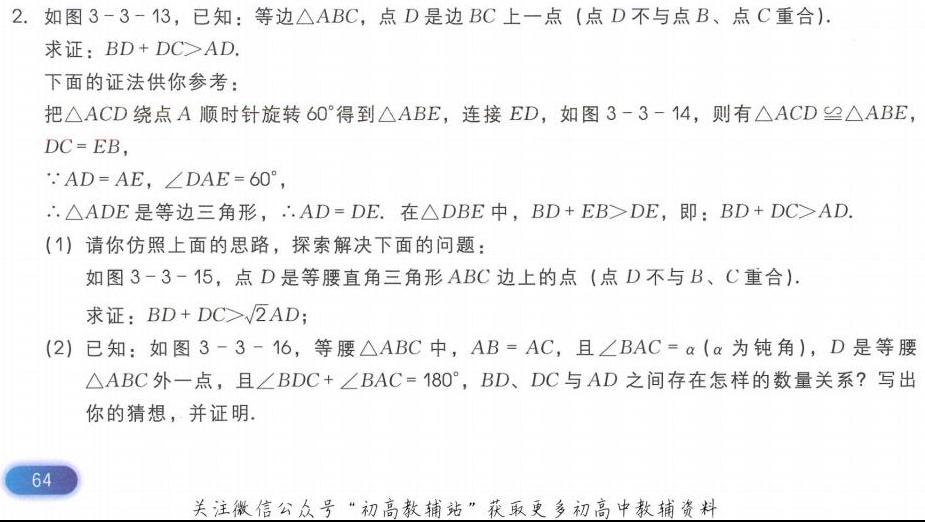
2. 如图3 - 3 - 13，已知：等边\(\triangle ABC\)，点\(D\)是边\(BC\)上一点（点\(D\)不与点\(B\)、点\(C\)重合）.
求证：\(BD + DC>AD\).
下面的证法供你参考：
把\(\triangle ACD\)绕点\(A\)顺时针旋转\(60^{\circ}\)得到\(\triangle ABE\)，连接\(ED\)，如图3 - 3 - 14，则有\(\triangle ACD\cong\triangle ABE\)，
\(DC = EB\)，
\(\because AD = AE\)，\(\angle DAE = 60^{\circ}\)，
\(\therefore\triangle ADE\)是等边三角形，\(\therefore AD = DE\). 在\(\triangle DBE\)中，\(BD + EB>DE\)，即：\(BD + DC>AD\).
(1) 请你仿照上面的思路，探索解决下面的问题：
如图3 - 3 - 15，点\(D\)是等腰直角三角形\(ABC\)边上的点（点\(D\)不与\(B\)、\(C\)重合）.
求证：\(BD + DC>\sqrt{2}AD\)；
(2) 已知：如图3 - 3 - 16，等腰\(\triangle ABC\)中，\(AB = AC\)，且\(\angle BAC=\alpha\)（\(\alpha\)为钝角），\(D\)是等腰
\(\triangle ABC\)外一点，且\(\angle BDC+\angle BAC = 180^{\circ}\)，\(BD\)、\(DC\)与\(AD\)之间存在怎样的数量关系？写出
你的猜想，并证明.
64
关注微信公众号“初高教辅站”获取更多初高中教辅资料